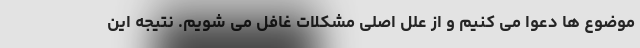
موضوع ها دعوا می کنیم و از علل اصلی مشکلات غافل می شویم. نتیجه این